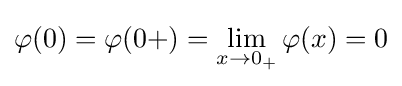
\varphi (0)=\varphi (0+)=\lim _{x\rightarrow 0_{+}}\varphi (x)=0